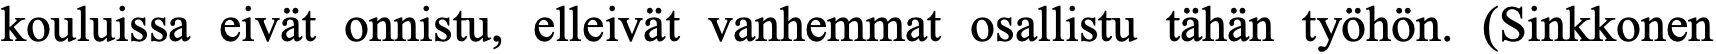
kouluissa eivät onnistu, elleivät vanhemmat osallistu tähän työhön. (Sinkkonen